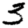
Digit: 3